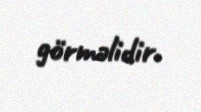
görməlidir.